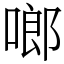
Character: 啷